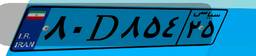
۰۲D۱۰۵۷۲